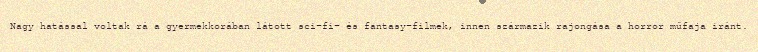
Nagy hatással voltak rá a gyermekkorában látott sci-fi- és fantasy-filmek, innen származik rajongása a horror műfaja iránt.